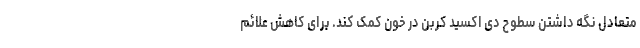
متعادل نگه داشتن سطوح دی اکسید کربن در خون کمک کند. برای کاهش علائم